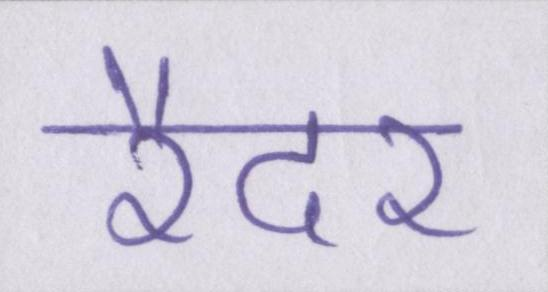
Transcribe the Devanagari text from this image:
रैदर